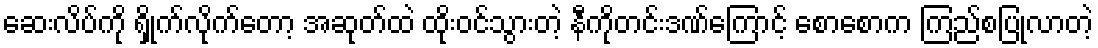
ဆေးလိပ်ကို ရှိုက်လိုက်တော့ အဆုတ်ထဲ ထိုးဝင်သွားတဲ့ နီကိုတင်းဒဏ်ကြောင့် စောစောက ကြည်စပြုလာတဲ့